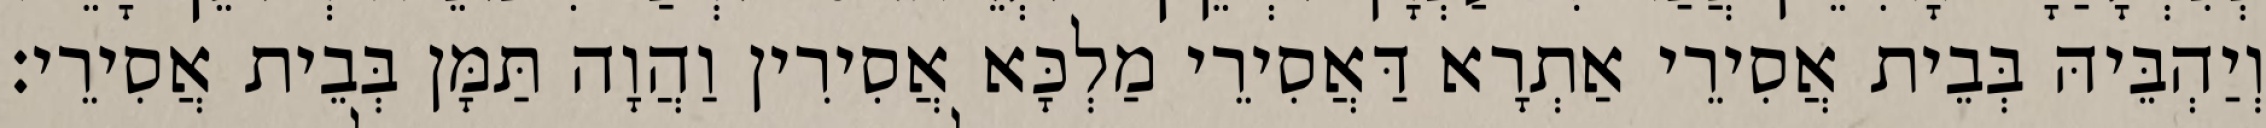
וְיַהְבֵּיהּ בְּבֵית אֲסִירֵי אַתְרָא דַּאֲסִירֵי מַלְכָּא אֲסִירִין וַהֲוָה תַּמָּן בְּבֵית אֲסִירֵי׃